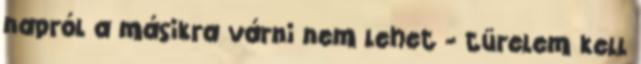
napról a másikra várni nem lehet - türelem kell